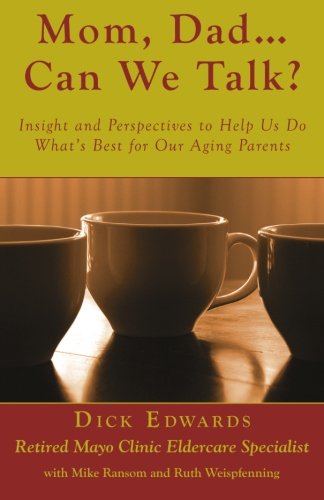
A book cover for Mom, Dad ... Can We Talk?: Insight and Perspectives to Help Us Do What's Best for Our Aging Parents; Dick Edwards; Parenting & Relationships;